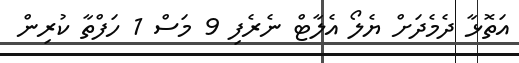
އަތޮޅާ ދެމެދަށް ޔެލޯ އެލާޓް ނެރެފި 9 މަސް 1 ހަފްތާ ކުރިން